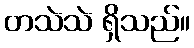
တသဲသဲ ရှိသည်။